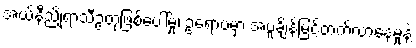
အယ်နီညိုရာသီဥတုဖြစ်ပေါ်မှု၊ ဥရောပမှာ အပူချိန်မြင့်တက်လာနေမှုနဲ့